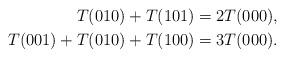
LaTeX: \begin{align*} T(010)+T(101)&=2T(000),\\T(001)+T(010)+T(100)&=3T(000).\end{align*}